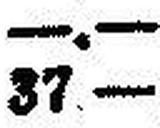
37.—